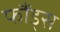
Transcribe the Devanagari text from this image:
फौंड्स